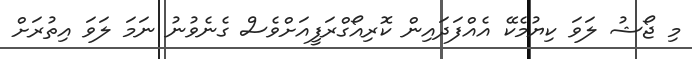
މި ޖޯޝު ލަވަ ކިޔުމެކޭ އެއްފަދައިން ކޮރިއޯގްރަފީއަށްވެސް ގެނެވުނު ނަމަ ލަވަ އިތުރަށް